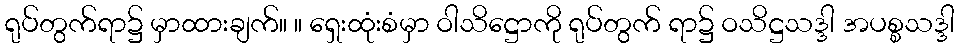
ရုပ်တွက်ရာ၌ မှာထားချက်။ ။ ရှေးထုံးစံမှာ ဝါသိဋ္ဌောကို ရုပ်တွက် ရာ၌ ဝသိဋ္ဌသဒ္ဒါ အပစ္စသဒ္ဒါ